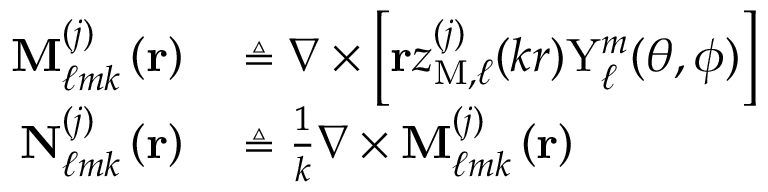
\begin{array} { r l } { \mathbf { M } _ { \ell m k } ^ { ( j ) } \left( \mathbf { r } \right) } & { { } \triangleq \nabla \times \left[ \mathbf { r } z _ { \mathrm { M } , \ell } ^ { ( j ) } ( k r ) \mathrm { Y } _ { \ell } ^ { m } ( \theta , \phi ) \right] } \\ { \mathbf { N } _ { \ell m k } ^ { ( j ) } \left( \mathbf { r } \right) } & { { } \triangleq \frac { 1 } { k } \nabla \times \mathbf { M } _ { \ell m k } ^ { ( j ) } \left( \mathbf { r } \right) } \end{array}